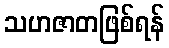
သဟဇာတဖြစ်ရန်